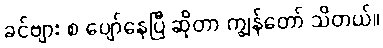
ခင်ဗျား စ ပျော်နေပြီ ဆိုတာ ကျွန်တော် သိတယ်။